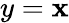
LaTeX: y=\mathbf{x}